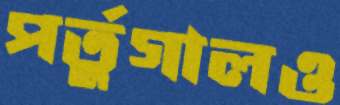
পর্তুগালও